Vaccination in Bombay 1913-1923 - 1913-1923
Year: 1913
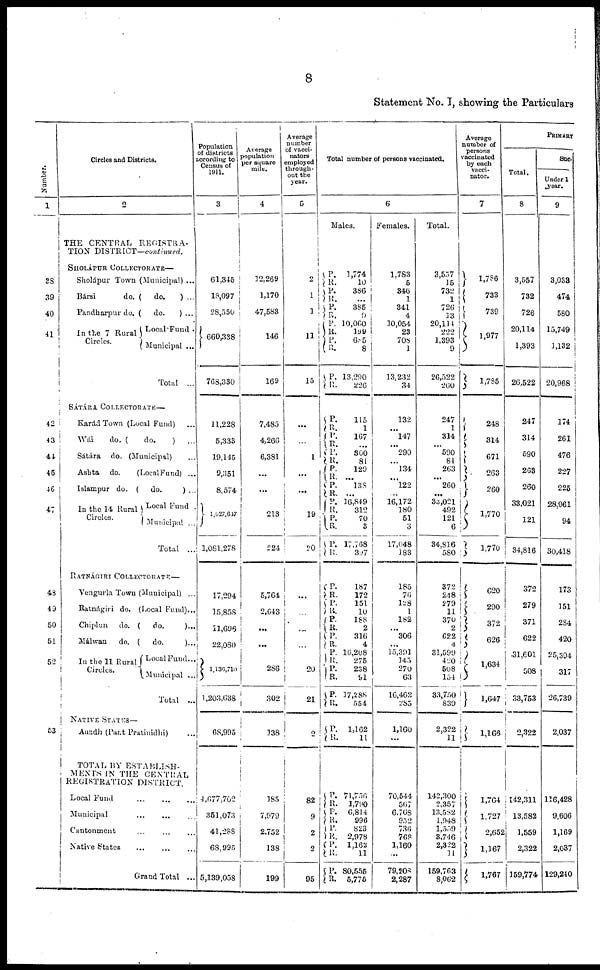
8
Statement No. I, showing the Particulars
Number.
1
38
39
40
41
42
43
44
45
46
47
48
49
50
51
52
53
Circles and Districts.
2
THE CENTRAL REGISTRA-
TION DISTRICT—continued.
SHOLÁPUR COLLECTORATE—
Sholápur Town (Municipal) ...
Bársi
do. (
do.
) ...
Pandharpur do. (
do.
) ...
In the 7 Rural
Circles.
Local Fund .
Municipal ...
Total
...
SÁTÁRA COLLECTORATE —
Karád Town (Local Fund)
...
Wái
do. (
do.
) ...
Sátára
do. (Municipal) ...
Ashta
do.
(Local Fund) ...
Islampur do. (
do.
) ...
In the 14 Rural
Circles.
Local Fund .
Municipal ...
Total
...
RATNÁGIRI COLLECTORATE—
Vengurla Town (Municipal) ...
Ratnágiri
do. (Local Fund)...
Chiplun
do. (
do.
)...
Málwan
do. (
do.
)...
In the 11 Rural
Circles.
Local Fund...
Municipal ...
Total
...
NATIVE STATES—
Aundh
(Pant Pratinidhi) ...
TOTAL BY ESTABLISH-
MENTS IN THE CENTRAL
REGISTRATION DISTRICT.
Local Fund
...
...
...
Municipal
...
...
...
Cantonment
...
...
...
Native States ... ... ...
Grand Total ...
Population
of districts
according to
Census of
1911.
3
61,345
18,097
28,550
660,338
768,330
11,228
5,333
19,145
9,351
8,574
1,027,647
1,081,278
17,294
15,858
11,696
22,080
1,136,710
1,203,638
68,995
4,677,702
351,073
41,288
68,995
5,139,058
Average
population
per square
mile.
4
12,269
1,170
47,583
146
169
7,485
4,266
6,381
...
...
213
224
5,764
2,643
...
...
286
302
138
185
7,979
2,752
138
199
Average
number
of vacci-
nators
employed
through-
out the
year.
5
2
1
1
11
15
...
...
1
...
...
19
20
...
...
...
...
20
21
2
82
9
2
2
95
Total number of persons vaccinated.
6
Males.
P.
R.
P.
R.
P.
R.
P.
R.
P.
R.
P.
R.
P.
R.
P.
R.
P.
R.
P.
R.
P.
R.
P.
R.
P.
R.
P.
R.
1,774
10
386
...
385
9
10,060
199
605
8
13,290
226
115
1
167
...
300
81
129
...
138
...
16,849
312
70
3
17,768
397
P.
R.
P.
R.
P.
R.
P.
R.
P.
R.
R.
R.
P.
R.
P.
R.
187
172
151
10
188
2
316
4
16,208
275
238
91
17,288
554
1,162
11
P.
R.
P.
R.
P.
R.
P.
R.
P.
R.
71,756
l,790
6,814
996
823
2,978
1,162
11
80,555
5,775
Females.
1,783
5
346
1
341
4
10,054
23
708
1
13,232
34
132
...
147
...
290
...
134
...
122
...
16,172
180
51
3
17,048
183
185
76
128
1
182
...
306
...
15,391
145
270
63
16,462
285
1,160
...
70,544
567
6,768
952
736
768
1,160
...
79,208
2,287
Total.
3,557
15
732
1
726
13
20,114
222
1,393
9
26,522
260
247
1
314
...
590
81
263
...
260
...
33,021
492
121
6
34,816
580
372
248
279
11
370
2
622
4
31,599
420
508
154
33,750
839
2,322
11
142,300
2,357
13,582
1,948
1,559
3,746
2,322
11
159,763
8,062
Average
number of
persons
vaccinated
by each
vacci-
nator.
7
1,786
733
739
1,977
1,785
248
314
671
263
260
1,770
1,770
620
290
372
626
1,634
1,647
1,166
1,764
1,727
2,652
1,167
1,767
PRIMARY
Total.
8
3,557
732
726
20,114
1,393
26,522
247
314
590
263
260
33,021
121
34,816
372
279
371
622
31,601
508
33,753
2,322
142,311
13,582
1,559
2,322
159,774
Suc
Under 1
year.
9
3,033
474
580
15,749
1,132
20,968
174
261
476
227
225
28,961
94
30,418
173
151
284
420
25,394
317
26,739
2,037
116,428
9,606
1,169
2,037
129,240